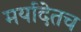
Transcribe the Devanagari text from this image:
मर्यादेतच